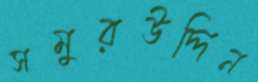
সমুরউদ্দিন